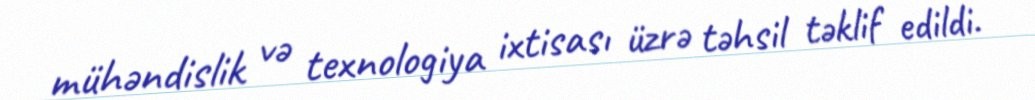
mühəndislik və texnologiya ixtisası üzrə təhsil təklif edildi.